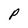
Character: p